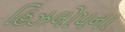
હિઝલોપના